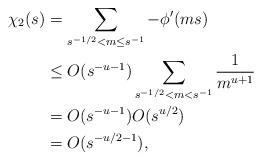
LaTeX: \begin{align*} \chi_2(s) & = \sum_{s^{-1/2} < m \leq s^{-1}}-\phi'(ms)\\& \leq O(s^{-u-1}) \sum_{s^{-1/2} < m < s^{-1}} \frac{1}{m^{u+1}}\\& = O(s^{-u-1}) O(s^{u/2})\\& = O(s^{-u/2-1}),\end{align*}